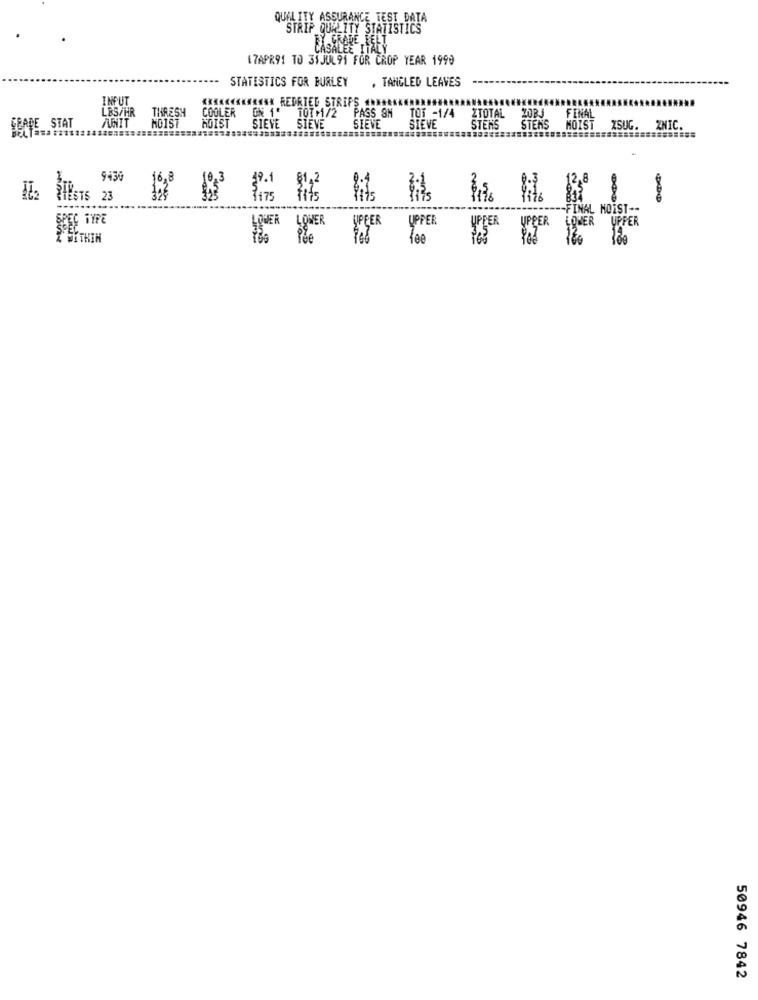
QUALITY ASSURANCE TEST DATA
STRIP QUALITY STATISTICS
FX FRALE FELT
SALEE ITALY
17APR91 TO 31JUL91 FOR CROP YEAR 1999
STATISTICS FOR BURLEY
. TANGLED LEAVES
INPUT
XXXXX ******** REDRIED STRIPS
THRESH
COOLER ON 1'
TOT +1/2
PASS SN
TOT -1/4
FINAL
LES/HR
ZTOTAL
GEADE STAT
AUNIT MOIST
NOIST SIEVE
SIEVE
SIEVE
SIEVE
STERS
STENS
MOIST XSUG.
ZNIC.
9436
RESTS 23
---- FINAL NOIST --
UPPER
UPPER LOWER
UPPER
100
50946 7842